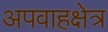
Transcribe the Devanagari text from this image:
अपवाहक्षेत्र